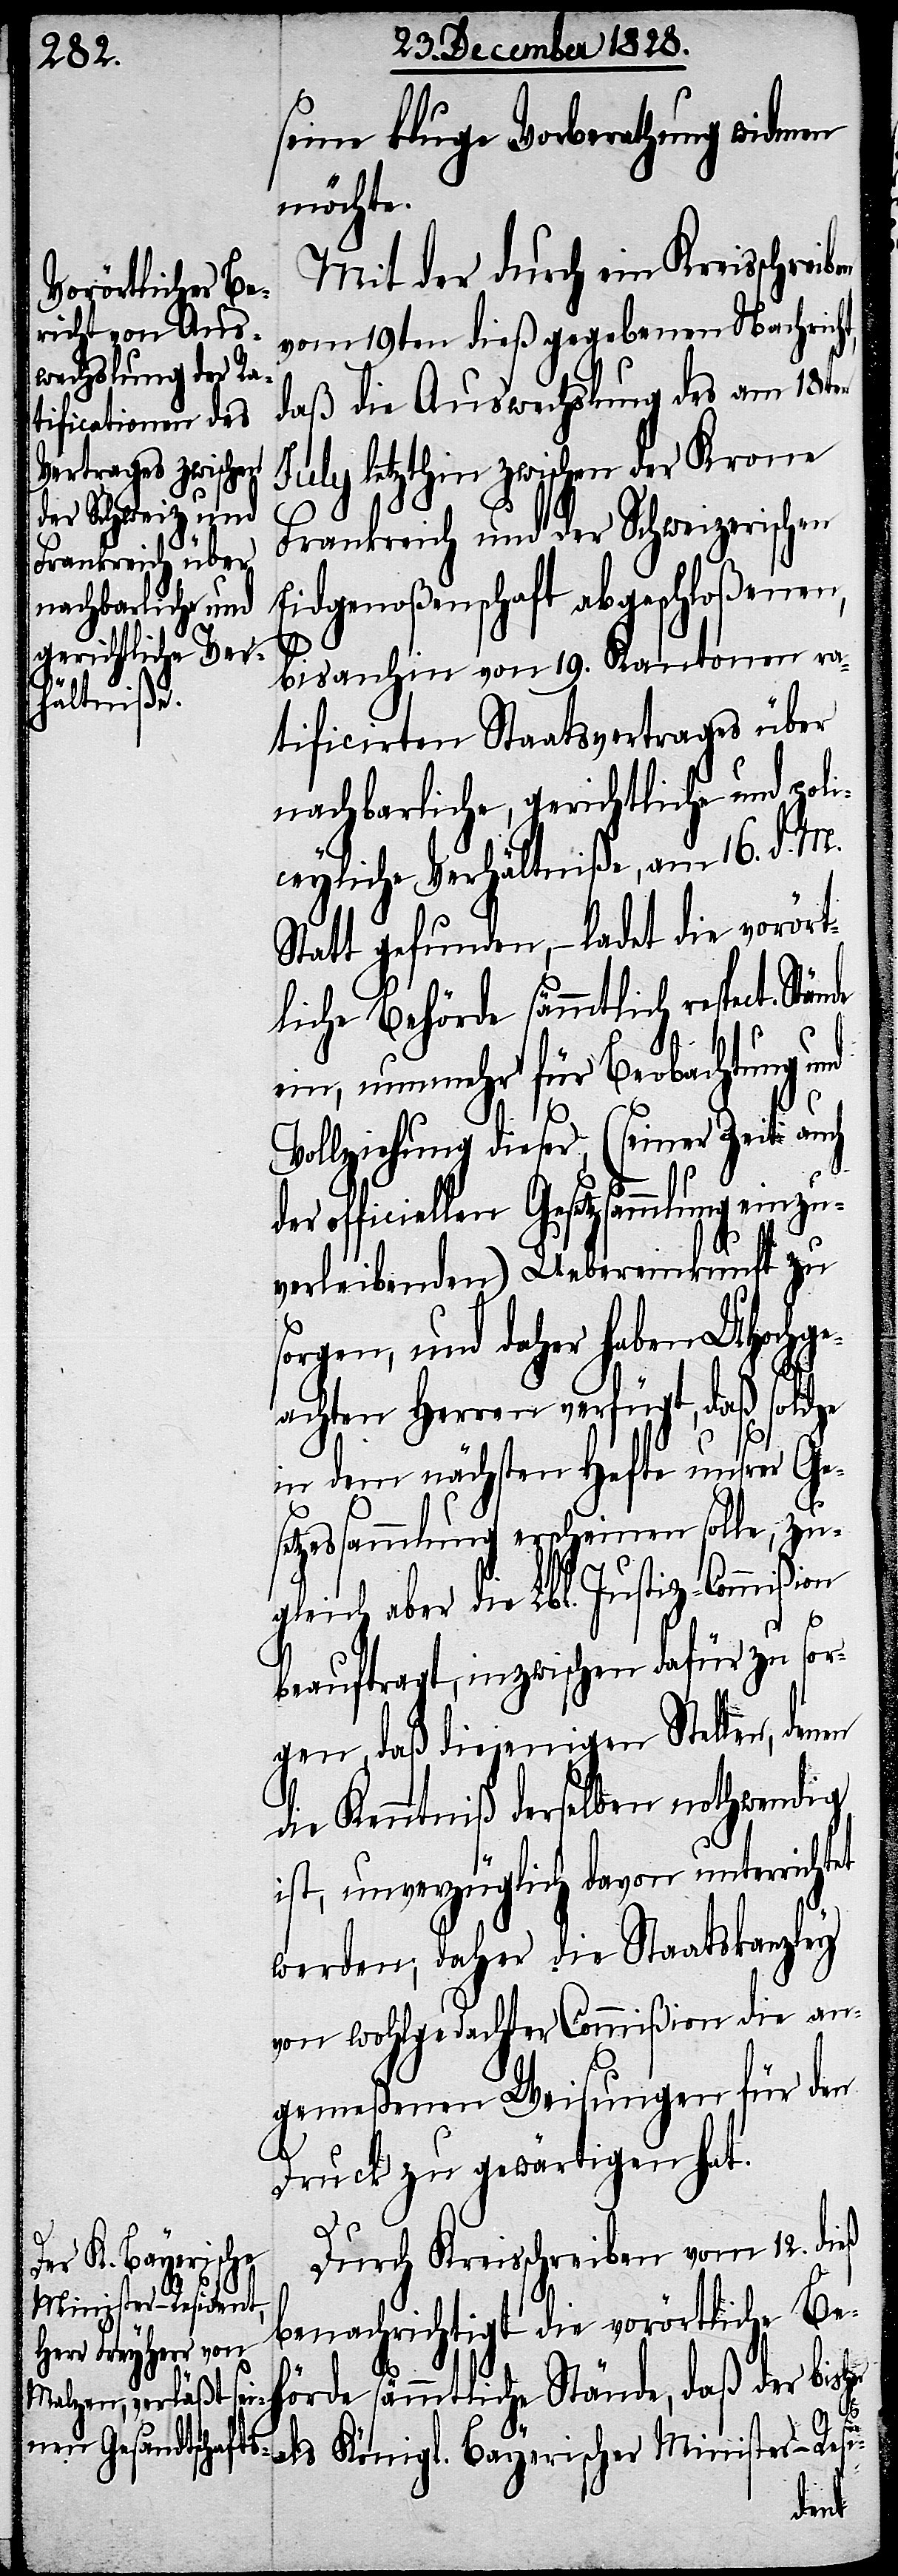
seine kluge Vorberathung widmen
möchte.
Mit der durch ein Kreisschreiben
vom 19ten dieß gegebenen Nachrich¬
daß die Auswechslung des am 18ten
July letzthin zwischen der Krone
Frankreich und der Schweizerischen
Eidgenoßenschaft abgeschloßenen,
bis anhin von 19. Kantonen ra¬
tificirten Staatsvertrages über
nachbarliche, gerichtliche und poli¬
ceyliche Verhältniße, am 16. d. M.
Statt gefunden, – ladet die vorört¬
liche Behörde sämmtlich respect.
ein, nunmehr für Beobachtung und
Vollziehung dieser, (seiner Zeit auch
t,
officiellen Gesetzsammlung einzu¬
verleibenden) Uebereinkunft zu
sorgen, und daher haben UHochge¬
achten Herren verfügt, daß solche
in dem nächsten Hefte unsrer Ges¬
etzessammlung erscheinen solle, zu¬
gleich aber die Lbl. Justiz-Commißion
beauftragt, inzwischen dafür zu sor¬
gen, daß diejenigen Stellen,
die Kenntniß derselben nothwendig
ist, unverzüglich davon unterrichtet
werden; daher die Staatskanzley
von wohlgedachter Commißion die an¬
gemeßenen Weisungen für den
Druck zu gewärtigen hat.
Durch Kreisschreiben vom 12. die
benachrichtigt die vorörtliche Beh¬
örde sämmtliche Stände, daß der b¬
isher als Königl. Bayerischer Minister-Resi-
denen